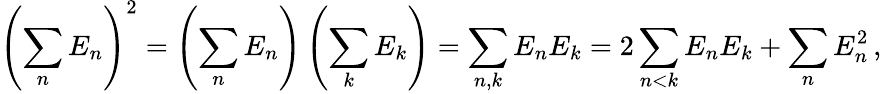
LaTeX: \left(\sum_{n}E_{n}\right)^{2}=\left(\sum_{n}E_{n}\right)\left(\sum_{k}E_{k}\right)=\sum_{n,k}E_{n}E_{k}=2\sum_{n<k}E_{n}E_{k}+\sum_{n}E_{n}^{2}\, ,